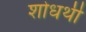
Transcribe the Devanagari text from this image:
शोधर्थी